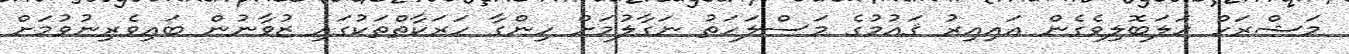
މަޝްރަހް ހަލަބޮލިވެގެން އައިއިރު ޤައުމުގެ މަސްލަހަތު ނަގާލުމަށް ހިންގާ ހަރަކާތްތަކުގައި ޒުވާނުން ބައިވެރިނުވުމަށް